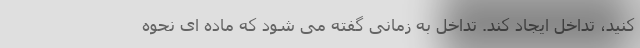
کنید، تداخل ایجاد کند. تداخل به زمانی گفته می شود که ماده ای نحوه